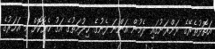
އަތޮޅުތެރޭގެ ރަށްރަށުގައި ދެމުން އަންނަ ފެނުގެ ޚިދުމަތުގެ އަގު ހެޔޮކޮށް މި އަހަރުގެ